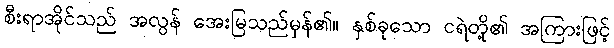
စီးရာအိုင်သည် အလွန် အေးမြသည်မှန်၏။ နှစ်ခုသော ငရဲတို့၏ အကြားဖြင့်